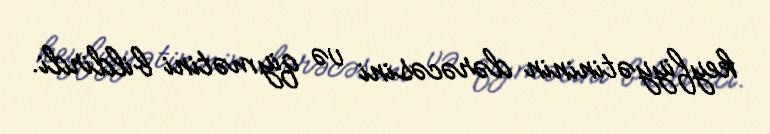
keyfiyyətininin dərəcəsini və qiymətini bildirdi.